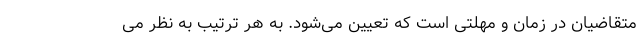
متقاضیان در زمان و مهلتی است که تعیین می‌شود. به هر ترتیب به نظر می